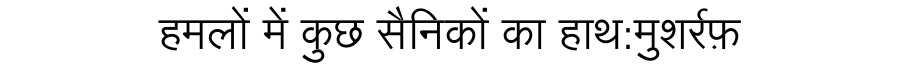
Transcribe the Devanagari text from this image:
हमलों में कुछ सैनिकों का हाथ:मुशर्रफ़